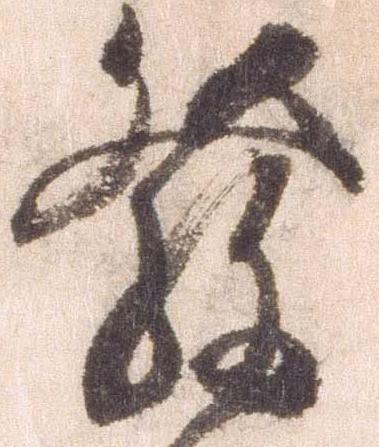
発